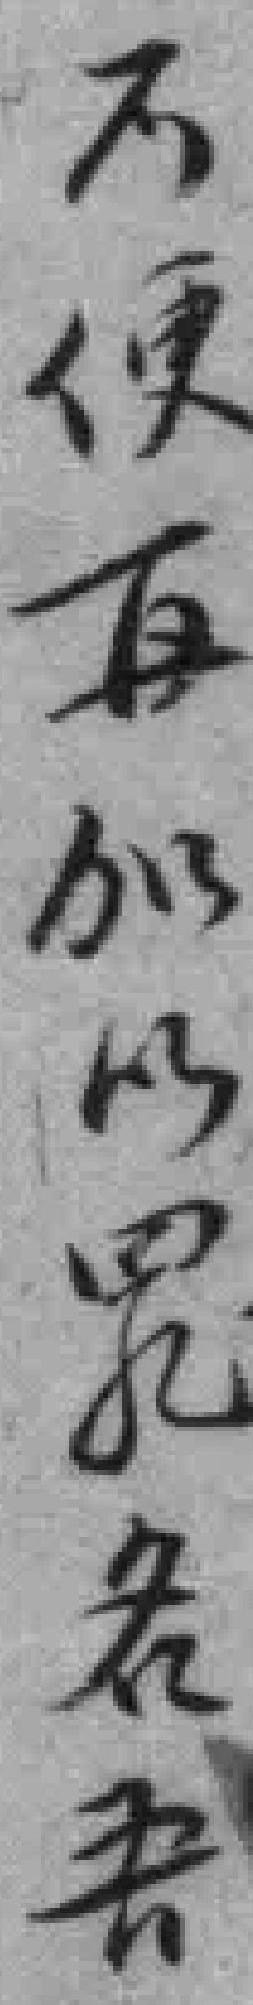
不便再加以罪名吾